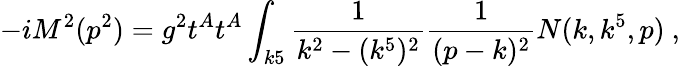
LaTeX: -iM^{2}(p^{2})=g^{2}t^{A}t^{A}\int_{k5}{\frac{1}{k^{2}-(k^{5})^{2}}}{\frac{1}{(p-k)^{2}}}N(k,k^{5},p)\ ,